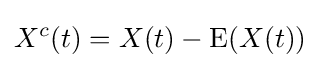
X^{c}(t)=X(t)-{\text{E}}(X(t))